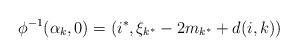
LaTeX: \begin{align*}\phi^{-1}(\alpha_k,0)=(i^*,\xi_{k^*}-2m_{k^*}+d(i,k))\end{align*}